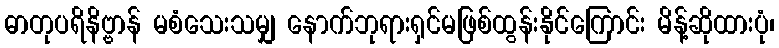
ဓာတုပရိနိဗ္ဗာန် မစံသေးသမျှ နောက်ဘုရားရှင်မဖြစ်ထွန်းနိုင်ကြောင်း မိန့်ဆိုထားပုံ၊